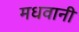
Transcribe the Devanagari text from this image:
मधवानी